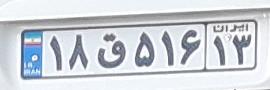
۱۸ق۵۱۶۱۳